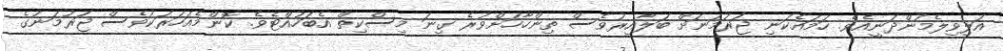
އަލިވިލެމުންދަނީއެވެ. ހަމައެކަނި ޖަރުމަނަށް ބަލާއިރުވެސް ތިންހާހަށްވުރެ ގިނަ މިސްކިތް އެބަހުއްޓެވެ. ކޮންމެއަހަރަކުވެސް ޖަރުމަނުގެ